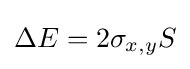
\Delta E=2\sigma _{x,y}S